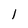
Character: l